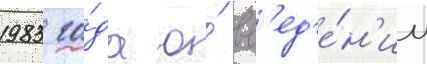
1983 го́да о́ вв'ед'е́н'ии